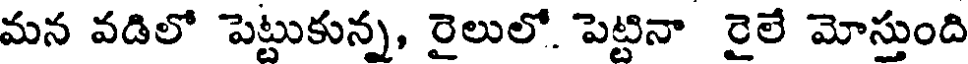
మన వడిలో పెట్టుకున్న, రైలులో. పెట్టినా రైలే మోస్తుంది